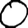
Digit: 0